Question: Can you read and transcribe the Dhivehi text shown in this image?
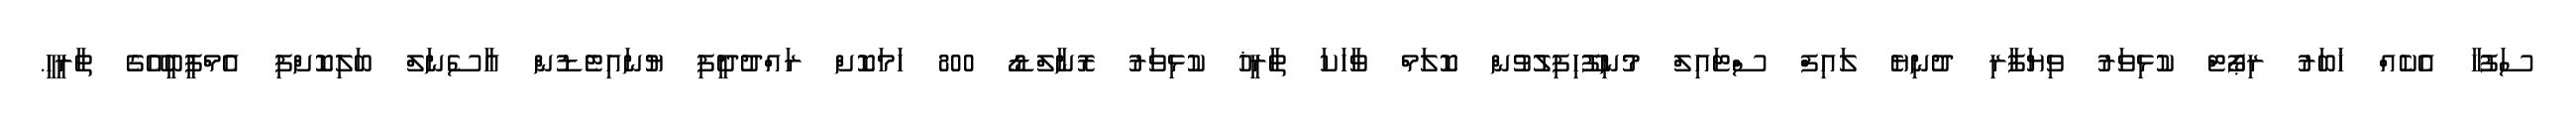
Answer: ސަފުހާ އެކެއް ޚަބަރު ރިޕޯޓް ކުޅިވަރު ވިޔަފާރި ދުނިޔެ ލައިފް ސްޓައިލް މުނިފޫހިފިލުވުން ކޮލަމް ވާހަކަ ތާރީޚު ކުޅިވަރު ރޮނާލްޑޯ 800 ހަމަކޮށް ރައްދުދީފި ޔުނައިޓެޑުން އާސެނަލް ބަލިކޮށްފި އެމްޕީބީއޭގެ ތާރީހީ.